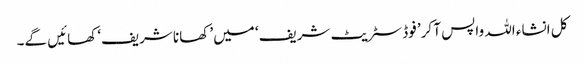
کل انشاء اللہ واپس آ کر’ فوڈ سٹریٹ شریف‘ میں’ کھانا شریف‘ کھائیں گے۔